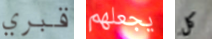
قبري يجعلهم كل